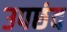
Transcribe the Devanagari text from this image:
उपछंद